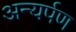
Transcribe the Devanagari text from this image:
अन्यर्पण